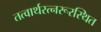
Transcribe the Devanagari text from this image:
तत्वार्थरत्नरूरस्थित